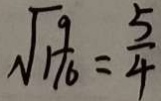
\sqrt { 1 \frac { 9 } { 1 6 } } = \frac { 5 } { 4 }